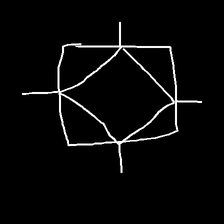
Glyph: light